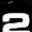
Digit: 2